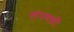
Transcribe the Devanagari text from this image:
संगणकी